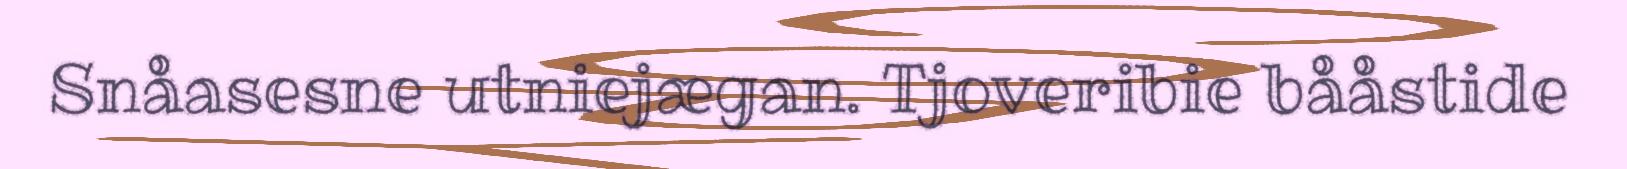
Snåasesne utniejægan. Tjoveribie bååstide